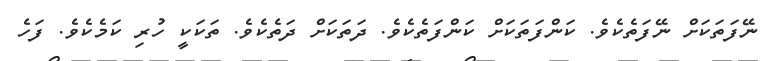
ނޭފަތަކަށް ނޭފަތެކެވެ. ކަންފަތަކަށް ކަންފަތެކެވެ. ދަތަކަށް ދަތެކެވެ. ތަކަކީ ހުރި ކަމެކެވެ. ފަހެ